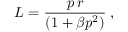
L = \frac { p \, r } { ( 1 + \beta p ^ { 2 } ) } \; ,